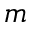
m